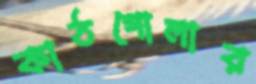
কাঠগোলার